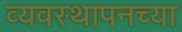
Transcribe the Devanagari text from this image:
व्यवस्थापनच्या